Document type: Sale
Year: 1423
Scribe: Joan Franc
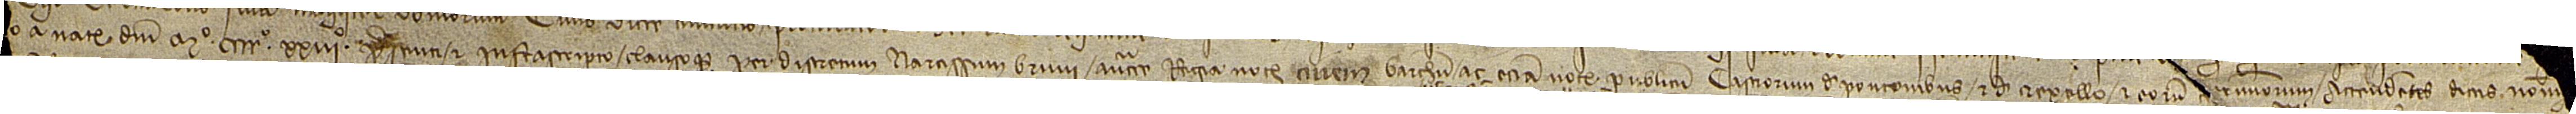
o a Nativitate Domini Mº CCCCº XXIIIº presenti et infrascripto, clausoque per discretum Narcissum Bruni, auctoritate regia notarium, civem  Barchinone, ac etiam notarium publicum castrorum de Pontonibus et de Crexello et eorum [te]rminorum, attendentis dictis nomin[ibus] [...]